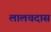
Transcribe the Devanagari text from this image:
लालचदास